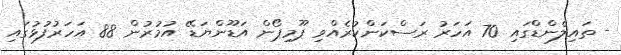
- ތައިލެންޑްގައި 70 އަހަރު ރަސްކަންކުރެއްވި ޕޫމިޕޯން އަޑޫންޔަޑޭ އުމުރުން 88 އަހަރުފުޅުގައި